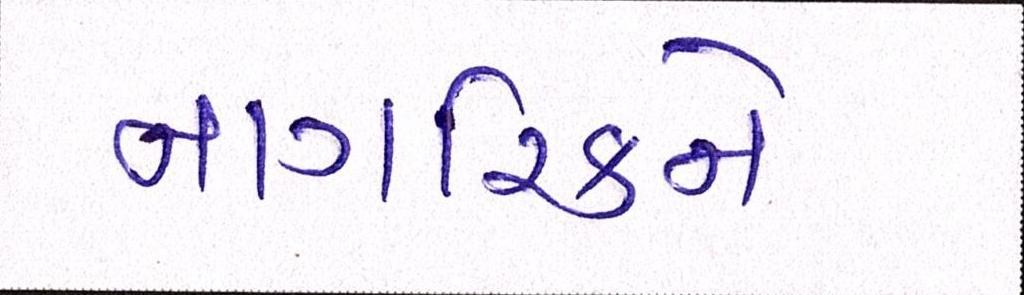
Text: નાગરિકને